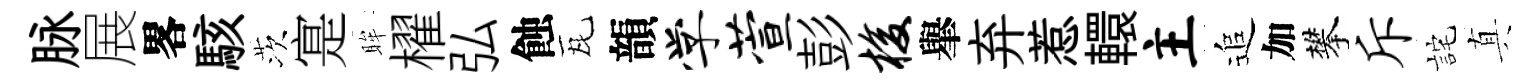
脉展畧駭茨寔眸櫂弘蝕瓦韻学萱彭梭𦦙弃惹轘主追加攀斥詫真